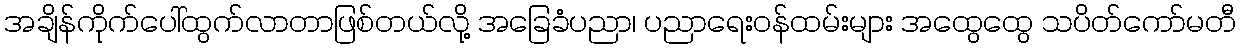
အချိန်ကိုက်ပေါ်ထွက်လာတာဖြစ်တယ်လို့ အခြေခံပညာ၊ ပညာရေးဝန်ထမ်းများ အထွေထွေ သပိတ်ကော်မတီ